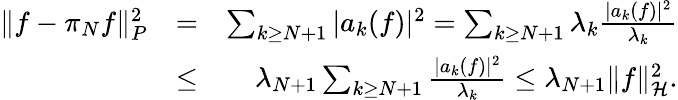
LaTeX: \begin{array}{rlr}{\| f-\pi_{N}f\| _{P}^{2}}&{=}&{\sum_{k\geq N+1}|a_{k}(f)|^{2}=\sum_{k\geq N+1}\lambda_{k}\frac{|a_{k}(f)|^{2}}{\lambda_{k}}}\\ &{\leq}&{\lambda_{N+1}\sum_{k\geq N+1}\frac{|a_{k}(f)|^{2}}{\lambda_{k}}\leq\lambda_{N+1}\| f\| _{\mathcal H}^{2}.}\end{array}